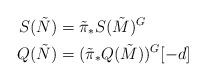
LaTeX: \begin{align*}S(\tilde N) &= \tilde \pi_* S(\tilde M)^G\\Q(\tilde N) &= (\tilde \pi_*Q(\tilde M))^G[-d] \end{align*}